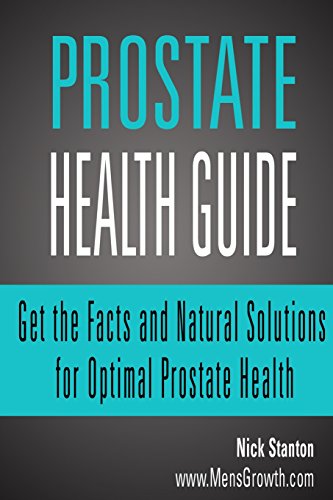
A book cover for Prostate Health Guide: Get the Facts and Natural Solutions for Optimal Prostate; Nick Stanton; Health, Fitness & Dieting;